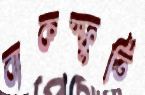
বাকস্ফুর্তি